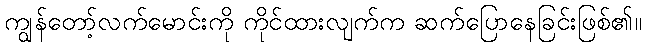
ကျွန်တော့်လက်မောင်းကို ကိုင်ထားလျက်က ဆက်ပြောနေခြင်းဖြစ်၏။